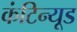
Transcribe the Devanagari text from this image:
कंटिन्यूड